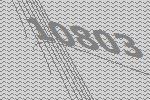
10803